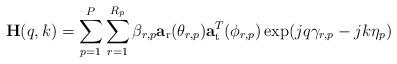
LaTeX: \begin{align*} \mathbf{H}(q,k)=\sum_{p=1}^{P}\sum_{r=1}^{R_p}\beta_{r,p}\mathbf{a}_{\mathrm{r}}(\theta_{r,p})\mathbf{a}^T_{\mathrm{t}}(\phi_{r,p})\exp(jq\gamma_{r,p}-jk\eta_p)\end{align*}